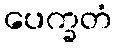
ပေက္ခတံ